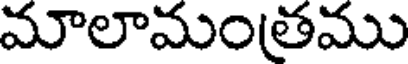
మాలామంతము